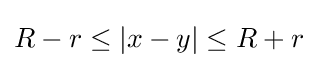
R-r\leq |x-y|\leq R+r